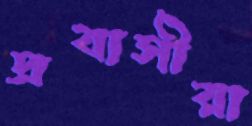
প্রবাসীরা